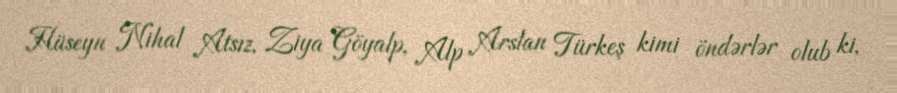
Hüseyn Nihal Atsız, Ziya Göyalp, Alp Arslan Türkeş kimi öndərlər olub ki,